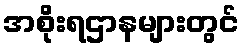
အစိုးရဌာနများတွင်